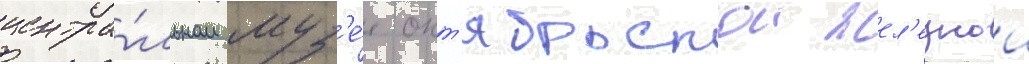
центра́льном муз'е́е окт'ябрьскои жел'езнои